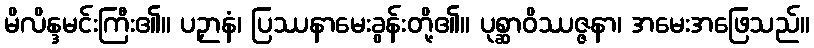
မိလိန္ဒမင်းကြီး၏။ ပဉှာနံ၊ ပြဿနာမေးခွန်းတို့၏။ ပုစ္ဆာဝိဿဇ္ဇနာ၊ အမေးအဖြေသည်။